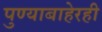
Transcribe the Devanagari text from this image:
पुण्याबाहेरही